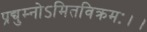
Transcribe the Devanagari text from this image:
प्रद्युम्नोऽमितविक्रमः।।